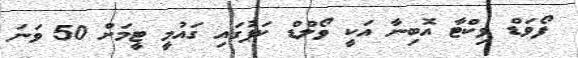
ފޯވަޑް ވިކްޓާ އޮބިނާ އަކީ ވޯލްޑް ކަޕުގައި ގައުމީ ޓީމަށް 50 ވަނަ